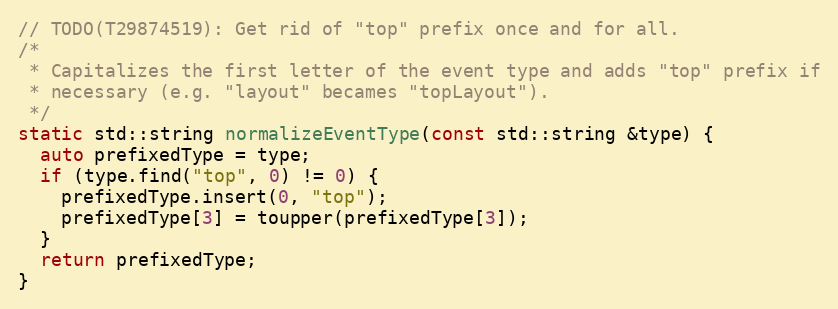
Language: C++
// TODO(T29874519): Get rid of "top" prefix once and for all.
/*
 * Capitalizes the first letter of the event type and adds "top" prefix if
 * necessary (e.g. "layout" becames "topLayout").
 */
static std::string normalizeEventType(const std::string &type) {
  auto prefixedType = type;
  if (type.find("top", 0) != 0) {
    prefixedType.insert(0, "top");
    prefixedType[3] = toupper(prefixedType[3]);
  }
  return prefixedType;
}